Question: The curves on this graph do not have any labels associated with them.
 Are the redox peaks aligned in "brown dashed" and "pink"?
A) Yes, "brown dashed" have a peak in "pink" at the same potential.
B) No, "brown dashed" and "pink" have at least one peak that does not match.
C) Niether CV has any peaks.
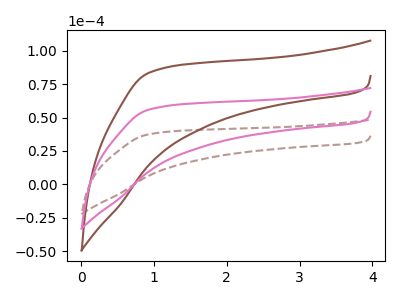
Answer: <think>The brown dashed curve "brown dashed" has no peaks. The brown curve "brown" has no peaks. The pink curve "pink" has no peaks.</think>
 <answer>C) Niether CV has any peaks.</answer>
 <eval>C</eval>